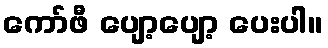
ကော်ဖီ ပျော့ပျော့ ပေးပါ။